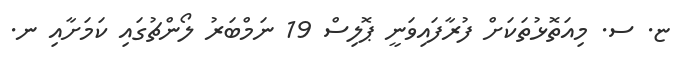
ޏ. ސ. މިއަތޮޅުތަކަށް ފުރާފައިވަނީ ޕޮލިސް 19 ނަމްބަރު ލޯންޗުގައި ކަމަށާއި ނ.